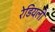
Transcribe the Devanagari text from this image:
रेडियली